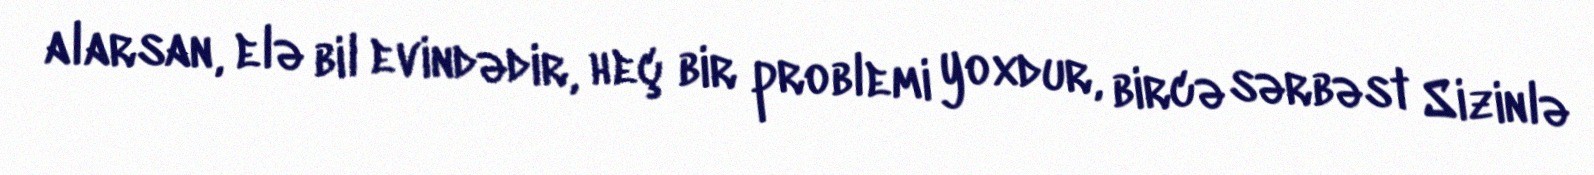
alarsan, elə bil evindədir, heç bir problemi yoxdur, bircə sərbəst Sizinlə